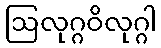
ဩလုဂ္ဂဝိလုဂ္ဂါ